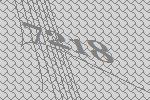
7218